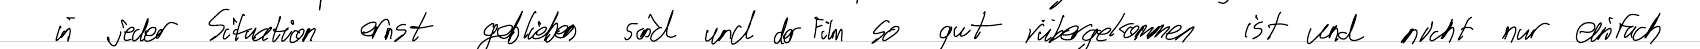
in jeder Situation ernst geblieben sind und der Film so gut r bergekommen ist und nicht nur einfach